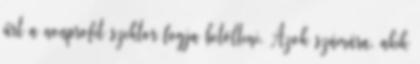
űrt a nonprofit szektor fogja betölteni. Azok számára, akik